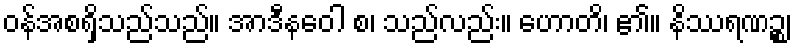
ဝန်အစရှိသည်သည်။ အာဒီနဝေါ စ၊ သည်လည်း။ ဟောတိ၊ ၏။ နိဿရဏဉ္စ၊